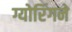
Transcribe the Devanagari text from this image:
ग्योरिंगने